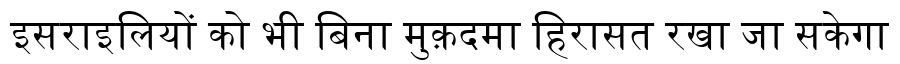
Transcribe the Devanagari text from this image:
इसराइलियों को भी बिना मुक़दमा हिरासत रखा जा सकेगा